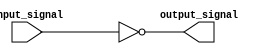
module inverting_buffer (
    input wire input_signal,
    output wire output_signal
);

assign output_signal = ~input_signal;

endmodule